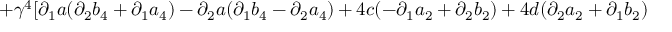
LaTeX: + \gamma ^ { 4 } [ \partial _ { 1 } a ( \partial _ { 2 } b _ { 4 } + \partial _ { 1 } a _ { 4 } ) - \partial _ { 2 } a ( \partial _ { 1 } b _ { 4 } - \partial _ { 2 } a _ { 4 } ) + 4 c ( - \partial _ { 1 } a _ { 2 } + \partial _ { 2 } b _ { 2 } ) + 4 d ( \partial _ { 2 } a _ { 2 } + \partial _ { 1 } b _ { 2 } )